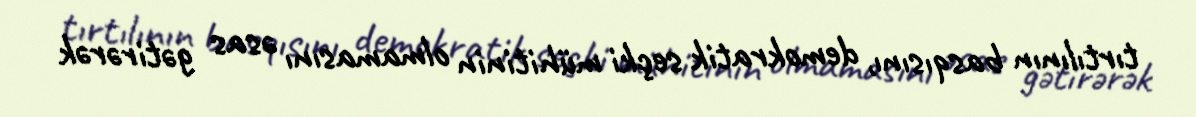
tırtılının basqısını, demokratik seçki mühitinin olmamasını əsas gətirərək